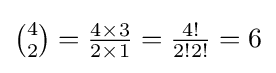
{\tbinom {4}{2}}={\tfrac {4\times 3}{2\times 1}}={\tfrac {4!}{2!2!}}=6